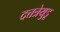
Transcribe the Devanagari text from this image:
दत्तत्रेयुडू